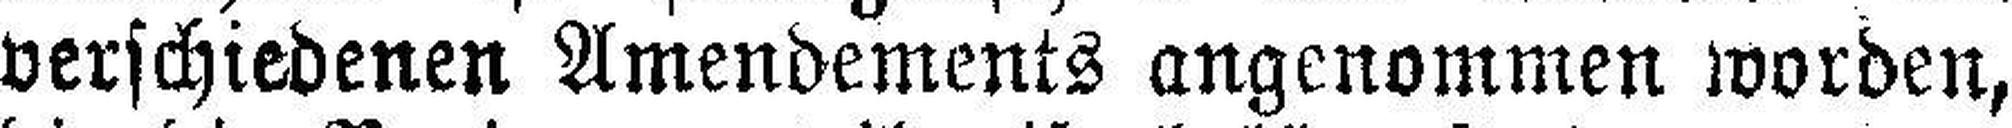
verschiedenen Amendements angenommen worden,